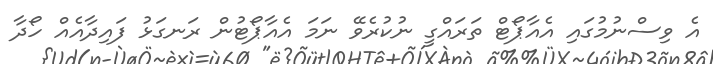
އެ ވިސްނުމުގައި އެއާޕޯޓް ތަރައްގީ ނުކުރެވޭ ނަމަ އެއާޕޯޓުން ރަނގަޅު ފައިދާއެއް ހޯދާ